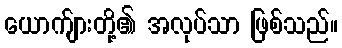
ယောက်ျားတို့၏ အလုပ်သာ ဖြစ်သည်။